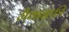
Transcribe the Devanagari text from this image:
मैकडफी